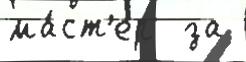
ма́ст'ер  за